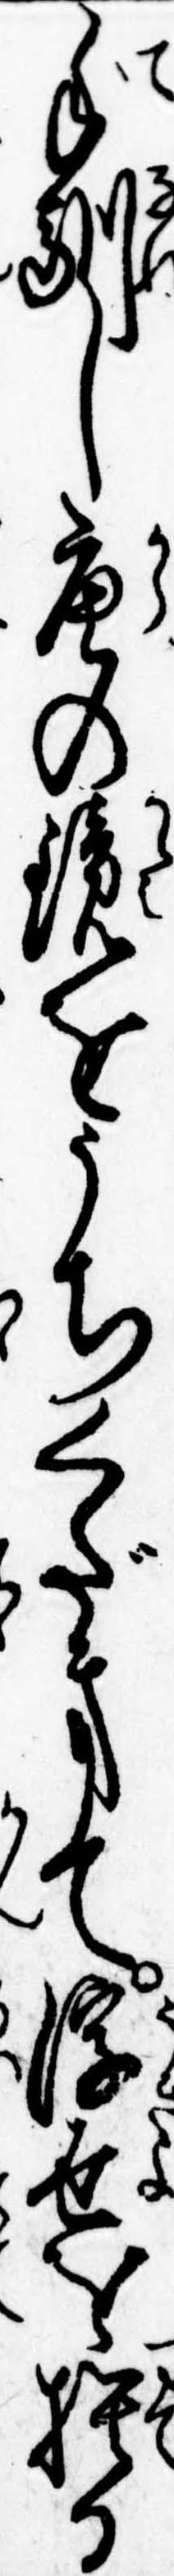
手馴し唐の鏡をうちくだきて浮世を捨る